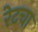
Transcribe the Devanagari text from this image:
रेटचा